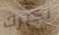
نخبرك